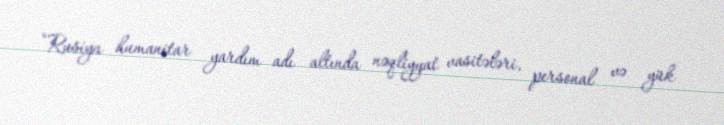
“Rusiya humanitar yardım adı altında nəqliyyat vasitələri, personal və yük